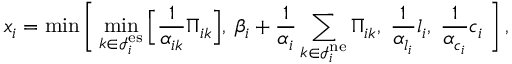
x _ { i } = \operatorname* { m i n } \Bigg [ \operatorname* { m i n } _ { k \in \mathcal { I } _ { i } ^ { \mathrm { e s } } } \Big [ \frac { 1 } { \alpha _ { i k } } \Pi _ { i k } \Big ] , \: \beta _ { i } + \frac { 1 } { \alpha _ { i } } \sum _ { k \in \mathcal { I } _ { i } ^ { \mathrm { n e } } } \Pi _ { i k } , \; \frac { 1 } { \alpha _ { l _ { i } } } l _ { i } , \; \frac { 1 } { \alpha _ { c _ { i } } } c _ { i } \; \Bigg ] \, ,